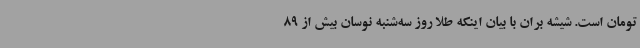
تومان است. شیشه بران با بیان اینکه طلا روز سه‌شنبه نوسان بیش از 89